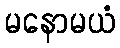
မနောမယံ